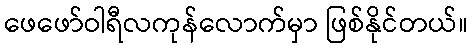
ဖေဖော်ဝါရီလကုန်လောက်မှာ ဖြစ်နိုင်တယ်။